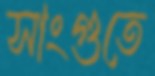
সাংগুতে